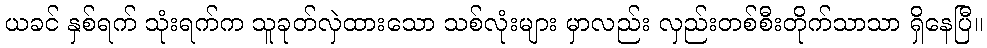
ယခင် နှစ်ရက် သုံးရက်က သူခုတ်လှဲထားသော သစ်လုံးများ မှာလည်း လှည်းတစ်စီးတိုက်သာသာ ရှိနေပြီ။